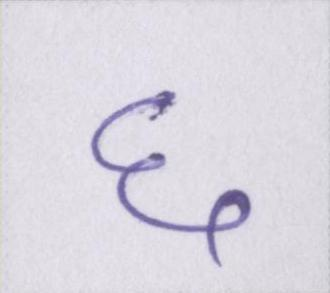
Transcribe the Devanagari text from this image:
६